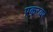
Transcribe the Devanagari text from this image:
एकरवर